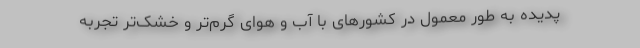
پدیده به طور معمول در کشورهای با آب و هوای گرم‌تر و خشک‌تر تجربه